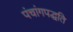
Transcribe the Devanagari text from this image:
पंचांगपद्धति